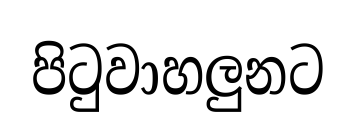
පිටුවාහලුනට